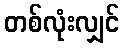
တစ်လုံးလျှင်